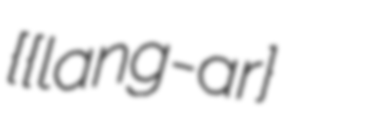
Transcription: {{lang-ar}  عبدالله